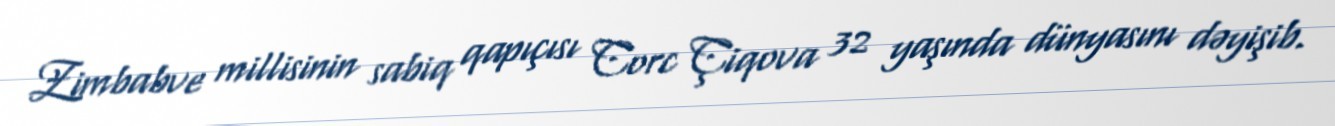
Zimbabve millisinin sabiq qapıçısı Corc Çiqova 32 yaşında dünyasını dəyişib.